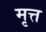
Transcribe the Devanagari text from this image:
मृत्त